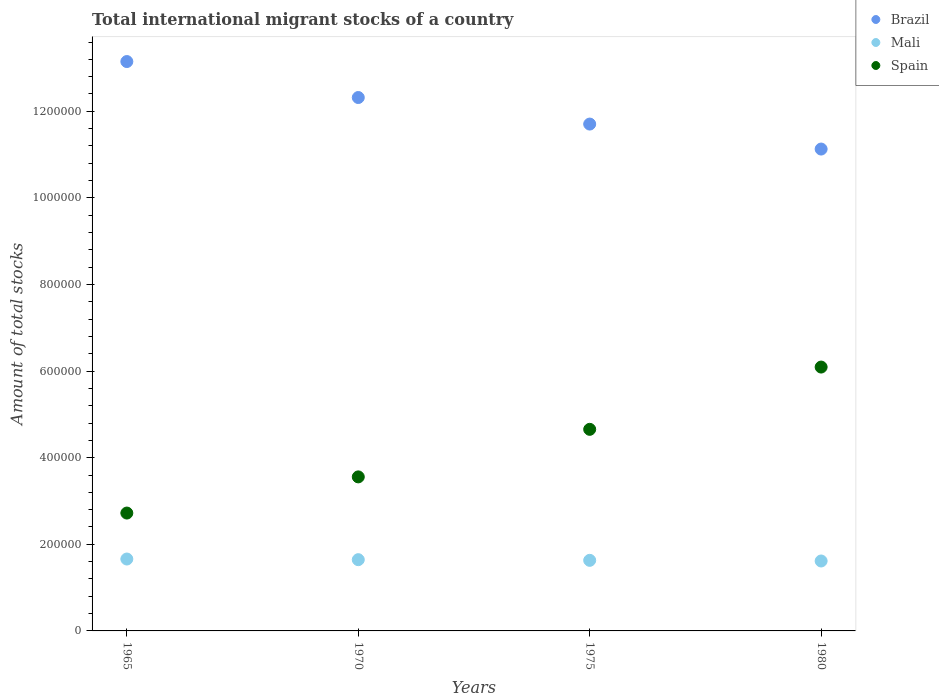
| Years | Brazil | Mali | Spain |
 | --- | --- | --- | --- |
 | 1965 | 1.31e+06 | 1.66e+05 | 2.72e+05 |
 | 1970 | 1.23e+06 | 1.65e+05 | 3.56e+05 |
 | 1975 | 1.17e+06 | 1.63e+05 | 4.66e+05 |
 | 1980 | 1.11e+06 | 1.62e+05 | 6.09e+05 |